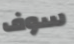
سوف